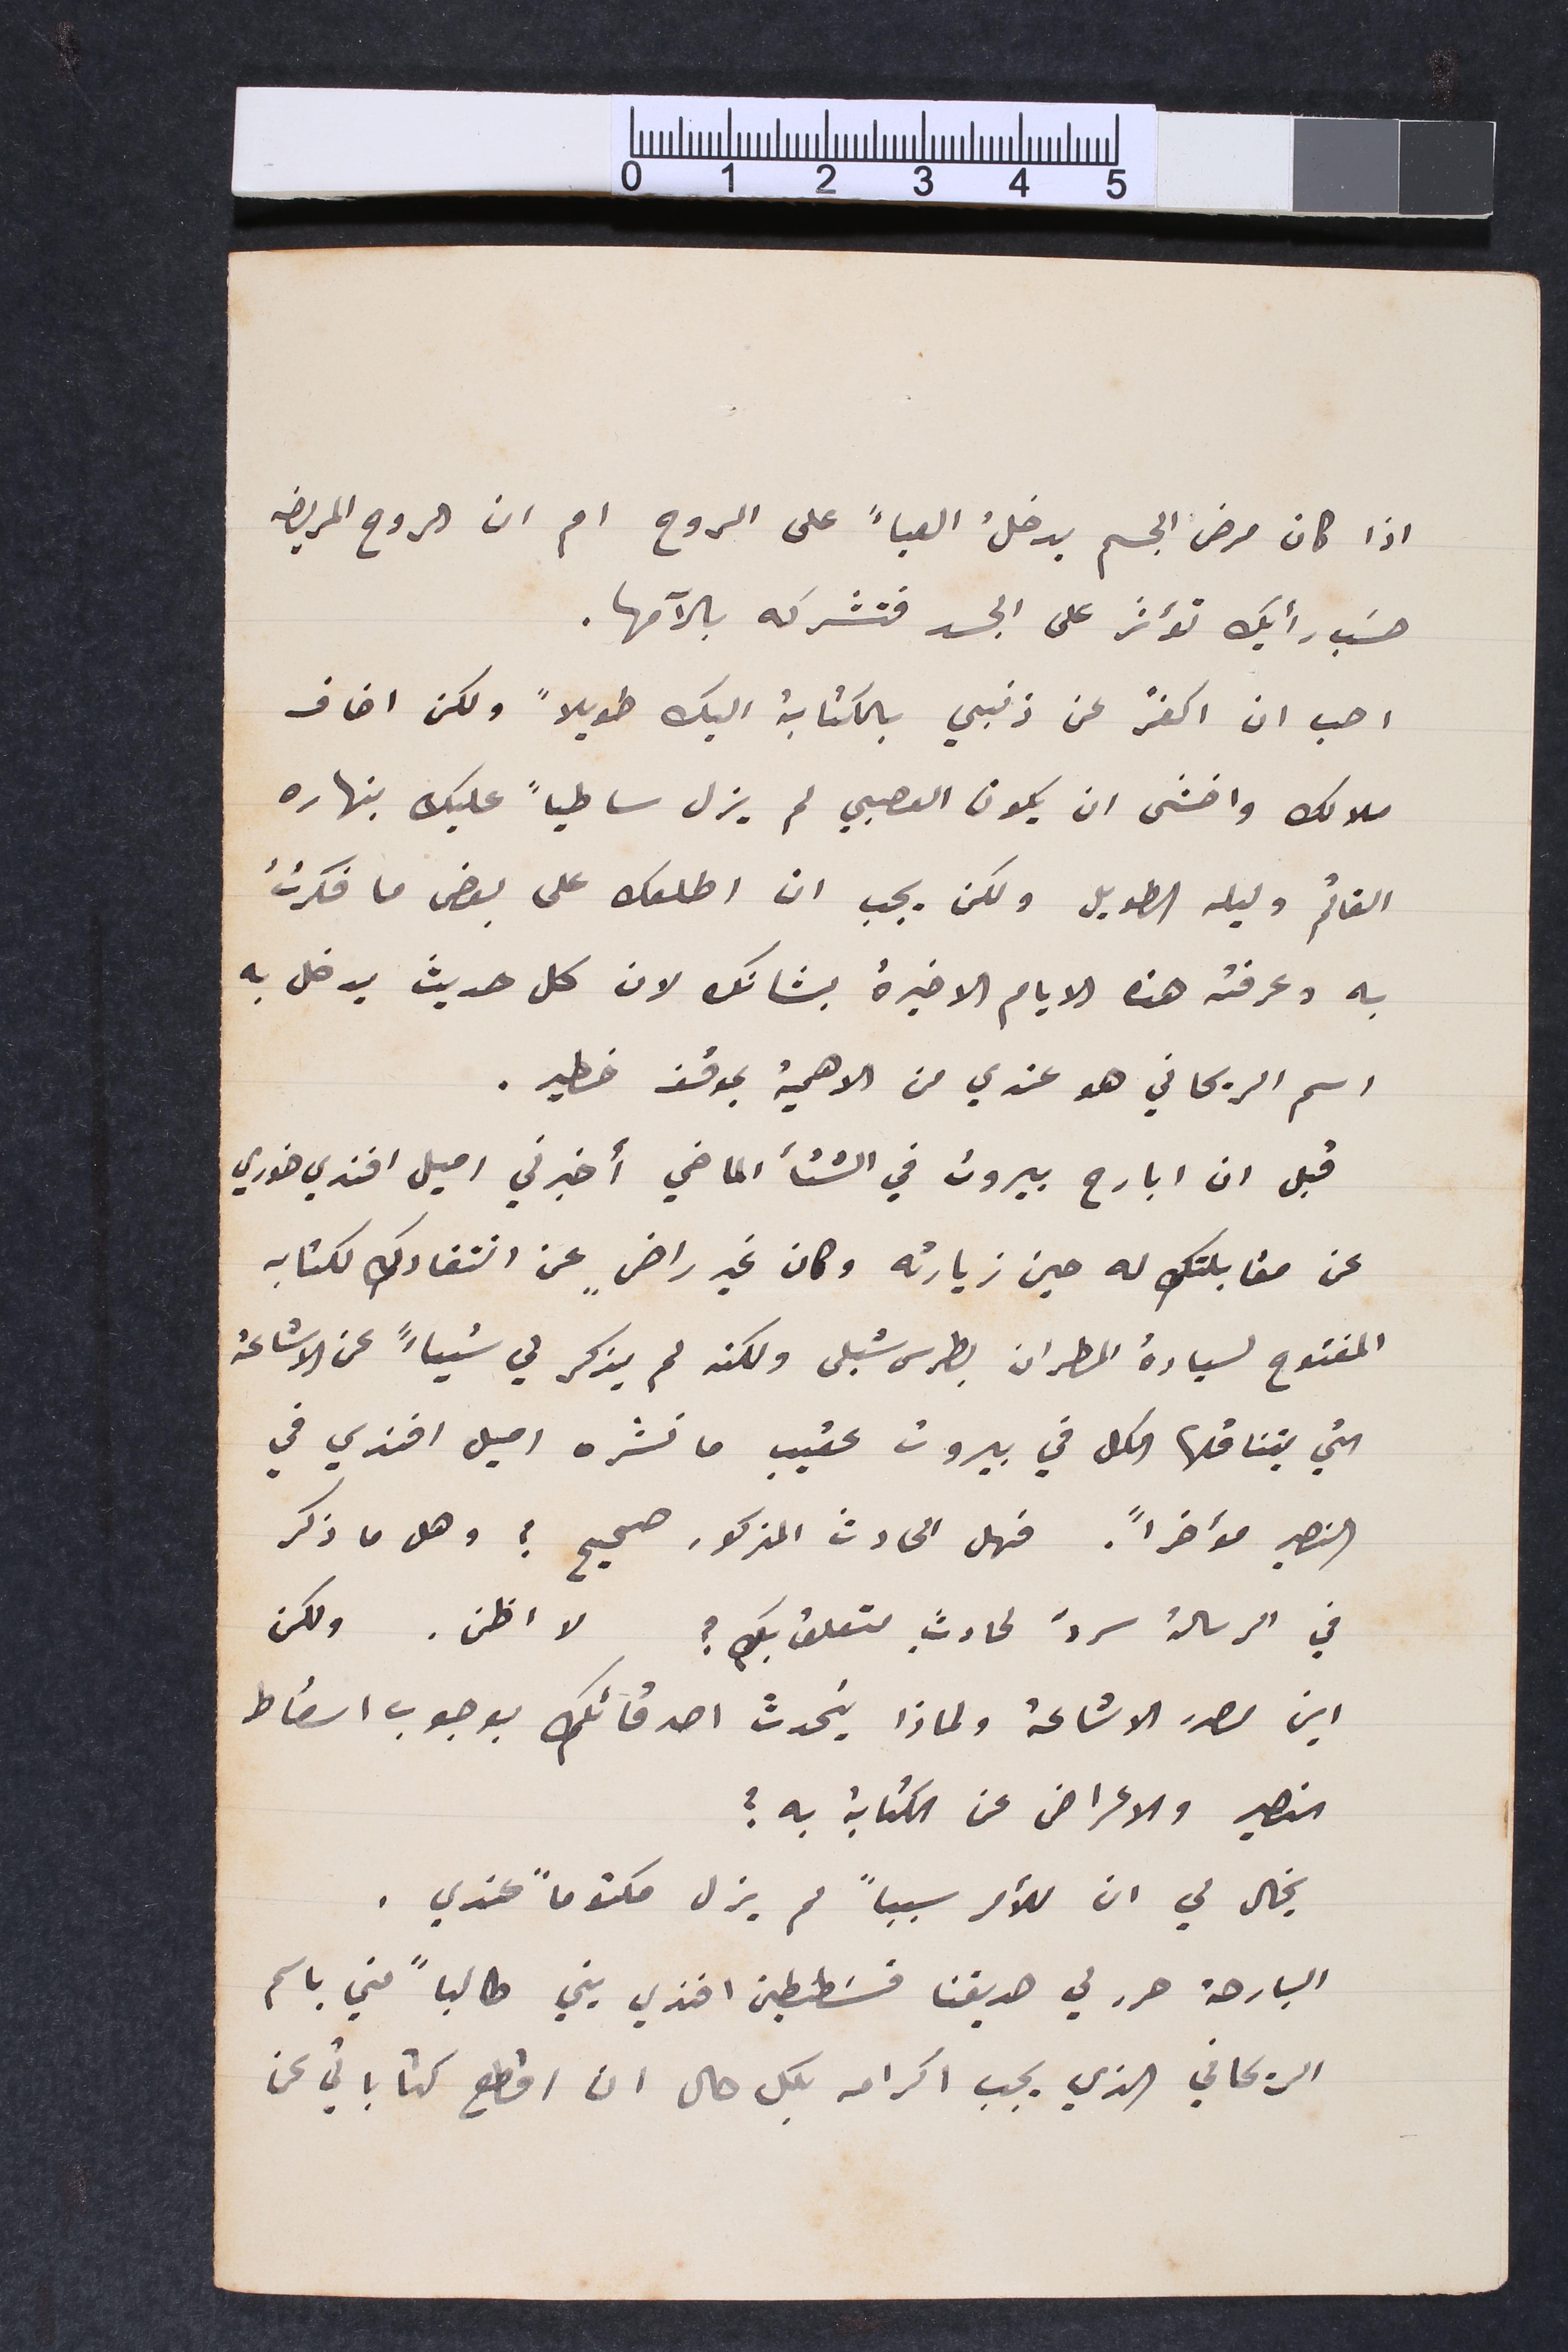
اذا كان مرض الجسم يدخلُ العياءَ على الروح ام ان الروح المريضه
حسَب رأيك تؤثر على الجسد فتشركه بالآمها.
احب ان اكفر عن ذنبي بالكتابة اليك طويلاً ولكن اخاف
ملالك واخشى ان يكون العصبي لم يزل ساطياً عليك بنهاره
القاتم وليله الطويل ولكن يجب ان اطلعك على بعض ما فكرتُ
به وعرفته هذه الايام الاخيرة بشانك لان كال حديث يدخل به
اسم الريحاني هو عندي من الاهمية بموقف خطير.
قبل ان ابارح بيروت في الشتأ الماضي أخبرني اميل افندي خوري
عن مقابلتك له حين زيارته وكان غير راضٍ عن انتقادكِ لكتابه
المفتوح لسيادة المطران بطرس شبلى ولكنه لم يذكر لي شياءً عن الاشاعة
التي يتناقلها الكل في بيروت عقيب ما نشره اميل افندي في
النصير مؤخراً . فهل الحادث المذكور صحيح؟ وهل ما ذكر
في الرسالة سردَ لحادثِ متعلق بكِ؟ لا اظن. ولكن
اين مصدر الاشاعة ولماذا يتحدثَ اصدقائكِ بوجوب اسقاط
النصير والاعراض عن الكتابة به؟
يخال لي ان للأمر سبباً لم يزل مكتوماً عندي.
البارحة حرر لي صديقنا قسَطنطين افندي يني طالباً مني باسم
الريحاني الذي يجب اكرامه بكل حال ان اقطع كتاباتي عن